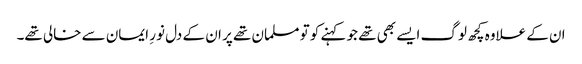
ان کے علاوہ کچھ لوگ ایسے بھی تھے جو کہنے کو تو مسلمان تھے پر ان کے دل نورِ ایمان سے خالی تھے۔